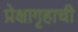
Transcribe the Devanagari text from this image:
प्रेक्षागृहाची